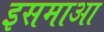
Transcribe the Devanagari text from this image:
इसमाआ